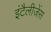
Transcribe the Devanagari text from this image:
इंटैलीजेंस